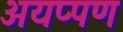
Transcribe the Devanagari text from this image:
अयप्पण